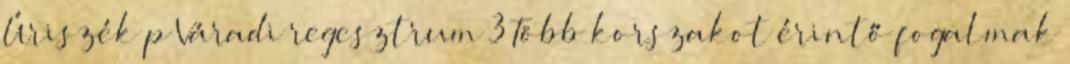
Úriszék p Váradi regesztrum 3 Több korszakot érintő fogalmak